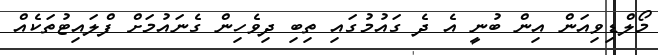
މޯލްޑިވިއަން އިން ބުނީ އެ ދެ ގައުމުގައި ތިބި ދިވެހިން ގެނައުމަށް ފްލައިޓުތަކެއް